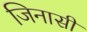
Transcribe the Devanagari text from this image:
जिनासी